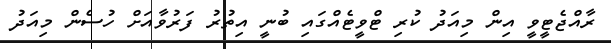
ރާއްޖެޓީވީ އިން މިއަދު ކުރި ޓްވީޓެއްގައި ބުނީ އިތުރު ފަރުވާއަށް ހުސެން މިއަދު